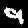
Digit: 9